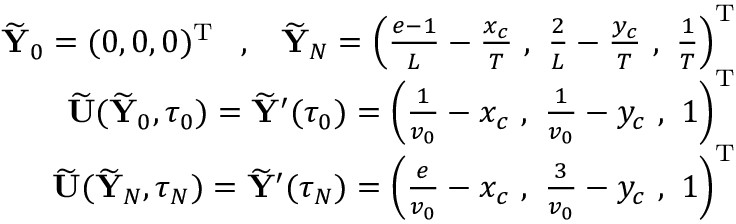
\begin{array} { r } { \widetilde { { \mathbf Y } } _ { 0 } = ( 0 , 0 , 0 ) ^ { { \mathrm T } } \; \; \; , \; \; \; \widetilde { { \mathbf Y } } _ { N } = \left( \frac { e - 1 } { L } - \frac { x _ { c } } { T } \, \, , \, \, \frac { 2 } { L } - \frac { y _ { c } } { T } \, \, , \, \, \frac { 1 } { T } \right) ^ { { \mathrm T } } } \\ { \widetilde { { \mathbf U } } ( \widetilde { { \mathbf Y } } _ { 0 } , \tau _ { 0 } ) = \widetilde { { \mathbf Y } } ^ { \prime } ( \tau _ { 0 } ) = \left( \frac { 1 } { v _ { 0 } } - x _ { c } \, \, , \, \, \frac { 1 } { v _ { 0 } } - y _ { c } \, \, , \, \, 1 \right) ^ { { \mathrm T } } } \\ { \widetilde { { \mathbf U } } ( \widetilde { { \mathbf Y } } _ { N } , \tau _ { N } ) = \widetilde { { \mathbf Y } } ^ { \prime } ( \tau _ { N } ) = \left( \frac { e } { v _ { 0 } } - x _ { c } \, \, , \, \, \frac { 3 } { v _ { 0 } } - y _ { c } \, \, , \, \, 1 \right) ^ { { \mathrm T } } } \end{array}